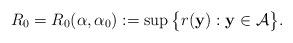
LaTeX: \begin{align*}R_0=R_0(\alpha,\alpha_0): =\sup\big\{r({\bf y}): {\bf y}\in \mathcal A \big\}.\end{align*}